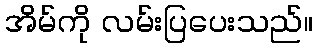
အိမ်ကို လမ်းပြပေးသည်။